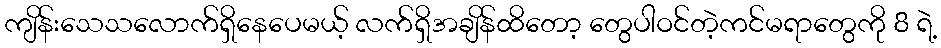
ကျိန်းသေသလောက်ရှိနေပေမယ့် လက်ရှိအချိန်ထိတော့ တွေပါဝင်တဲ့ကင်မရာတွေကို 8 ရဲ့